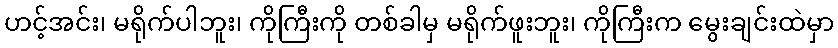
ဟင့်အင်း၊ မရိုက်ပါဘူး၊ ကိုကြီးကို တစ်ခါမှ မရိုက်ဖူးဘူး၊ ကိုကြီးက မွေးချင်းထဲမှာ